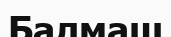
Балмаш